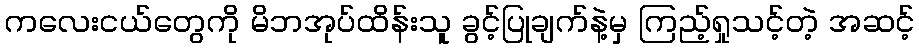
ကလေးငယ်တွေကို မိဘအုပ်ထိန်းသူ ခွင့်ပြုချက်နဲ့မှ ကြည့်ရှုသင့်တဲ့ အဆင့်